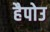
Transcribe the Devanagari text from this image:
हैपोउ